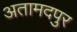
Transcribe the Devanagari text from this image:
अतामदपुर